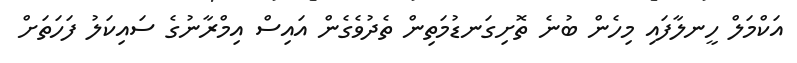
އަކްމަލް ހީނލާފައި މިހެން ބުނެ ތޮށިގަނޑުމަތިން ތެދުވެގެން އައިސް އިމްރާނުގެ ސައިކަލު ފަހަތަށް